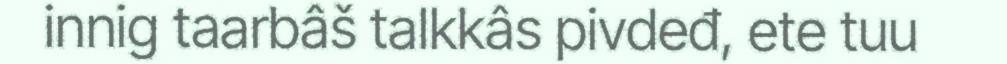
innig taarbâš talkkâs pivdeđ, ete tuu